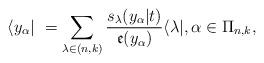
LaTeX: \begin{align*}\langle y_{\alpha }|~=\sum_{\lambda \in (n,k)}\frac{s_{\lambda }(y_{\alpha}|t)}{\mathfrak{e}(y_{\alpha })}\langle \lambda |,\alpha \in \Pi_{n,k}, \end{align*}